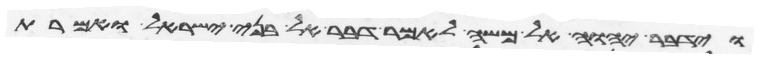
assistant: וידבר יהוה אל משה לאמר דבר אל בני ישראל ואמרת